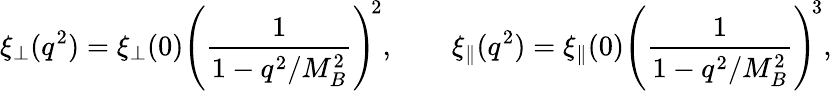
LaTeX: \xi_{\perp}(q^{2})=\xi_{\perp}(0)\left(\frac{1}{1-q^{2}/M_{B}^{2}}\right)^{\! 2},\qquad\xi_{\parallel}(q^{2})=\xi_{\parallel}(0)\left(\frac{1}{1-q^{2}/M_{B}^{2}}\right)^{\! 3},